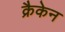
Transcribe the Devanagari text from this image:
क्रैकेन